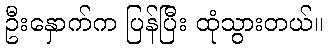
ဦးနှောက်က ပြန်ပြီး ထုံသွားတယ်။